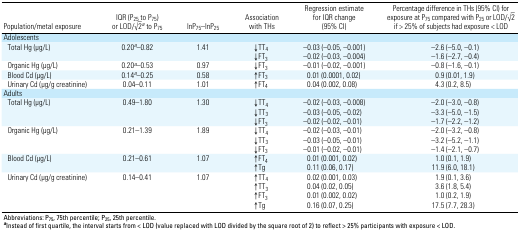
<table><thead><tr><td><b>Population/metal exposure</b></td><td><b>IQR (P25 to P75) or LOD/√–2a to P75</b></td><td><b>lnP75–lnP25</b></td><td><b>Association with THs</b></td><td><b>Regression estimate for IQR change (95% CI)</b></td><td><b>Percentage difference in THs (95% CI) for exposure at P75 compared with P25 or LOD/√–2 if &gt; 25% of subjects had exposure &lt; LOD</b></td></tr></thead><tbody><tr><td>Adolescents</td></tr><tr><td>Total Hg (μg/L)</td><td>0.20a–0.82</td><td>1.41</td><td>↓TT4</td><td>–0.03 (–0.05, –0.001)</td><td>–2.6 (–5.0, –0.1)</td></tr><tr><td></td><td></td><td></td><td>↓FT3</td><td>–0.02 (–0.03, –0.004)</td><td>–1.6 (–2.7, –0.4)</td></tr><tr><td>Organic Hg (μg/L)</td><td>0.20a–0.53</td><td>0.97</td><td>↓FT3</td><td>–0.01 (–0.02, –0.001)</td><td>–0.8 (–1.6, –0.1)</td></tr><tr><td>Blood Cd (μg/L)</td><td>0.14a–0.25</td><td>0.58</td><td>↑FT3</td><td>0.01 (0.0001, 0.02)</td><td>0.9 (0.01, 1.9)</td></tr><tr><td>Urinary Cd (μg/g creatinine)</td><td>0.04–0.11</td><td>1.01</td><td>↑FT4</td><td>0.04 (0.002, 0.08)</td><td>4.3 (0.2, 8.5)</td></tr><tr><td>Adults</td></tr><tr><td>Total Hg (μg/L)</td><td>0.49–1.80</td><td>1.30</td><td>↓TT4</td><td>–0.02 (–0.03, –0.008)</td><td>–2.0 (–3.0, –0.8)</td></tr><tr><td></td><td></td><td></td><td>↓TT3</td><td>–0.03 (–0.05, –0.02)</td><td>–3.3 (–5.0, –1.5)</td></tr><tr><td></td><td></td><td></td><td>↓FT3</td><td>–0.02 (–0.02, –0.01)</td><td>–1.7 (–2.2, –1.2)</td></tr><tr><td>Organic Hg (μg/L)</td><td>0.21–1.39</td><td>1.89</td><td>↓TT4</td><td>–0.02 (–0.03, –0.01)</td><td>–2.0 (–3.2, –0.8)</td></tr><tr><td></td><td></td><td></td><td>↓TT3</td><td>–0.03 (–0.05, –0.01)</td><td>–3.2 (–5.2, –1.1)</td></tr><tr><td></td><td></td><td></td><td>↓FT3</td><td>–0.01 (–0.02, –0.01)</td><td>–1.4 (–2.1, –0.7)</td></tr><tr><td>Blood Cd (μg/L)</td><td>0.21–0.61</td><td>1.07</td><td>↑FT4</td><td>0.01 (0.001, 0.02)</td><td>1.0 (0.1, 1.9)</td></tr><tr><td></td><td></td><td></td><td>↑Tg</td><td>0.11 (0.06, 0.17)</td><td>11.9 (6.0, 18.1)</td></tr><tr><td>Urinary Cd (μg/g creatinine)</td><td>0.14–0.41</td><td>1.07</td><td>↑TT4</td><td>0.02 (0.001, 0.03)</td><td>1.9 (0.1, 3.6)</td></tr><tr><td></td><td></td><td></td><td>↑TT3</td><td>0.04 (0.02, 0.05)</td><td>3.6 (1.8, 5.4)</td></tr><tr><td></td><td></td><td></td><td>↑FT3</td><td>0.01 (0.002, 0.02)</td><td>1.0 (0.2, 1.9)</td></tr><tr><td></td><td></td><td></td><td>↑Tg</td><td>0.16 (0.07, 0.25)</td><td>17.5 (7.7, 28.3)</td></tr><tr><td colspan="6">Abbreviations: P75, 75th percentile; P25, 25th percentile.aInstead of first quartile, the interval starts from &lt; LOD (valuereplaced with LOD divided by the square root of 2) to reflect &gt; 25%participants with exposure &lt; LOD.</td></tr></tbody></table>